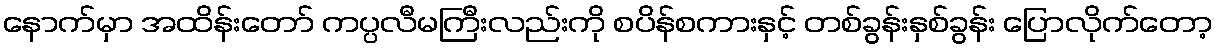
နောက်မှာ အထိန်းတော် ကပ္ပလီမကြီးလည်းကို စပိန်စကားနှင့် တစ်ခွန်းနှစ်ခွန်း ပြောလိုက်တော့